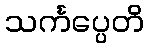
သင်္ကပ္ပေတိ